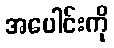
အပေါင်းကို